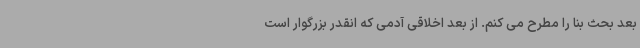
بعد بحث بنا را مطرح می کنم. از بعد اخلاقی آدمی که انقدر بزرگوار است